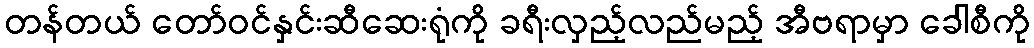
တန်တယ် တော်ဝင်နှင်းဆီဆေးရုံကို ခရီးလှည့်လည်မည့် အီဗရာမှာ ခေါစီကို